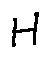
H